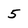
Character: 5